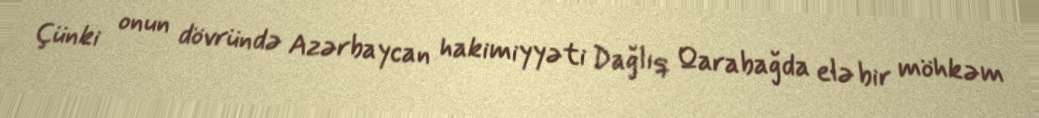
Çünki onun dövründə Azərbaycan hakimiyyəti Dağlıq Qarabağda elə bir möhkəm